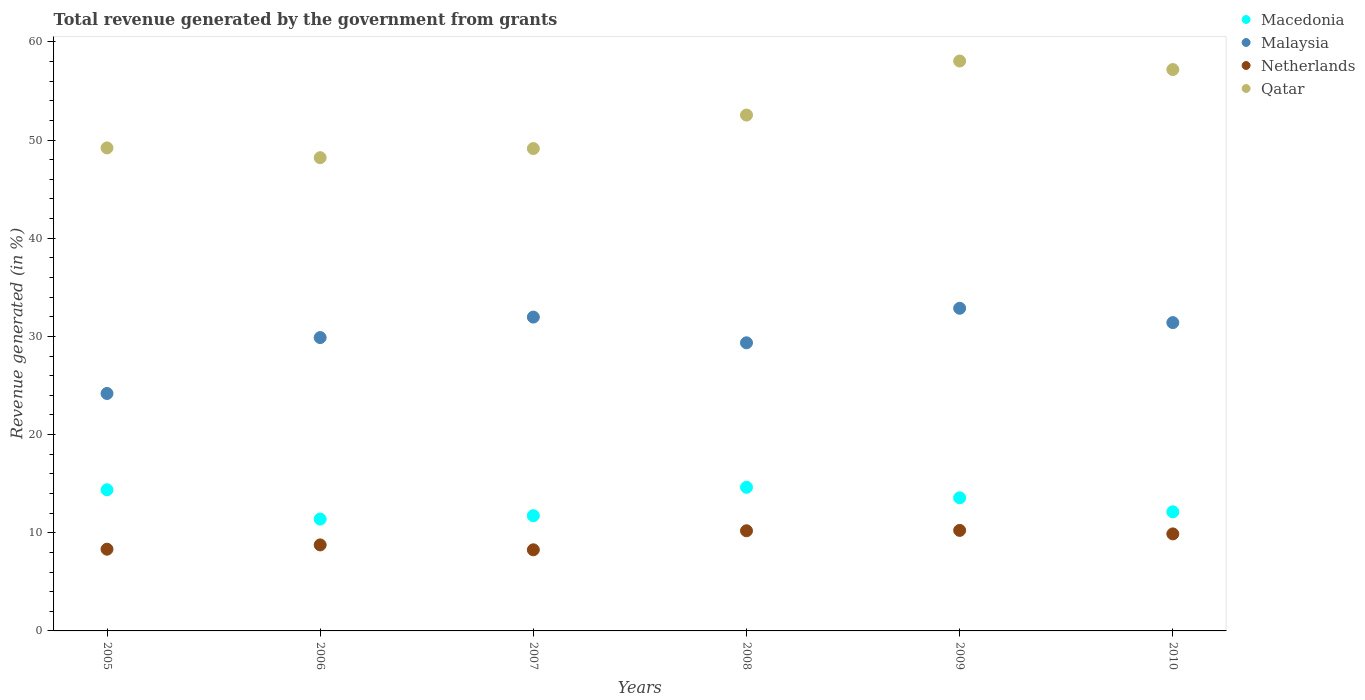
| Years | Macedonia | Malaysia | Netherlands | Qatar |
 | --- | --- | --- | --- | --- |
 | 2005 | 14.4 | 24.2 | 8.33 | 49.2 |
 | 2006 | 11.4 | 29.9 | 8.76 | 48.2 |
 | 2007 | 11.7 | 32 | 8.26 | 49.1 |
 | 2008 | 14.6 | 29.3 | 10.2 | 52.5 |
 | 2009 | 13.6 | 32.9 | 10.2 | 58 |
 | 2010 | 12.1 | 31.4 | 9.88 | 57.2 |